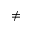
\neq